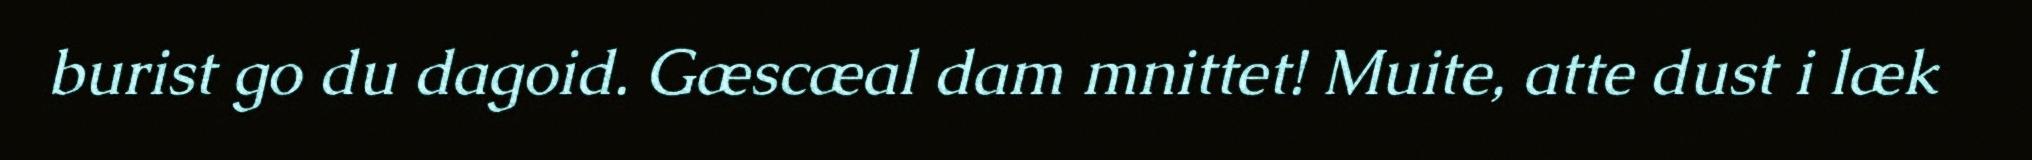
burist go du dagoid. Gæscæal dam mnittet! Muite, atte dust i læk